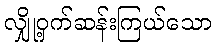
လျှို့ဝှက်ဆန်းကြယ်သော